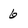
Character: 6